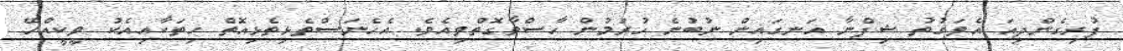
ފުރިގެންދިއަަ އެވަގުތު ޝިފްނާ އަނގައިން ނުބުނެ ހުރުމުން ހާސްވާގޮތްވިއެވެ. އެހެނަސްތެޅިތެޅިއޮތްް ހިތަކާއިއެކު ވީކީއްހޭ